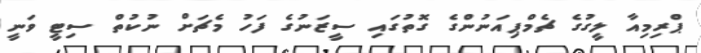
ޕްރިމިއާ ލީގުގެ ޗެމްޕިއަނުންގެ ގޮތުގައި ސީޒަނުގެ ފަހު މެޗަށް ނުކުތް ސިޓީ ވަނީ